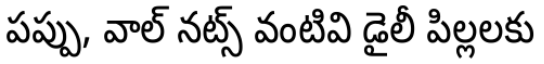
పప్పు, వాల్ నట్స్ వంటివి డైలీ పిల్లలకు